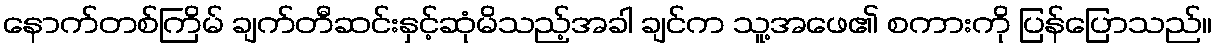
နောက်တစ်ကြိမ် ချက်တီဆင်းနှင့်ဆုံမိသည့်အခါ ချင်က သူ့အဖေ၏ စကားကို ပြန်ပြောသည်။